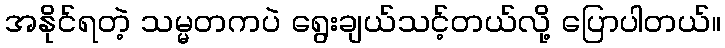
အနိုင်ရတဲ့ သမ္မတကပဲ ရွေးချယ်သင့်တယ်လို့ ပြောပါတယ်။